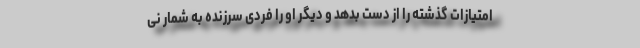
امتیازات گذشته را از دست بدهد و دیگر او را فردی سرزنده به شمار نی